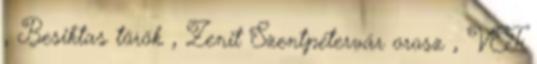
, Besiktas török , Zenit Szentpétervár orosz , VEF